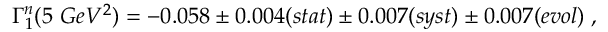
\Gamma _ { 1 } ^ { n } ( 5 ~ G e V ^ { 2 } ) = - 0 . 0 5 8 \pm 0 . 0 0 4 ( s t a t ) \pm 0 . 0 0 7 ( s y s t ) \pm 0 . 0 0 7 ( e v o l ) ~ ,